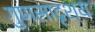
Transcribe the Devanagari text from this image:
गुणसादृश्य